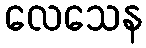
လေသေန